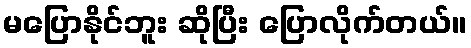
မပြောနိုင်ဘူး ဆိုပြီး ပြောလိုက်တယ်။